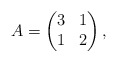
\begin{align*}A=\begin{pmatrix}3&1\\1&2\end{pmatrix},\end{align*}